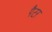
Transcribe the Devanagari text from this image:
पैटर